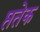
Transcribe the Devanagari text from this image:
प्ततेक